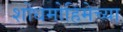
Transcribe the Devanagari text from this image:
शोधमोहिमेच्या